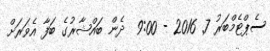
ސެޕްޓެމްބަރު 7